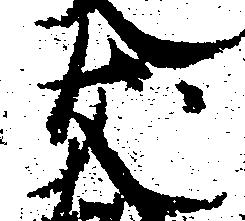
友